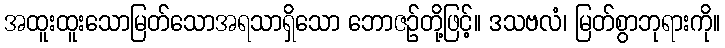
အထူးထူးသောမြတ်သောအရသာရှိသော ဘောဇဉ်တို့ဖြင့်။ ဒသဗလံ၊ မြတ်စွာဘုရားကို။